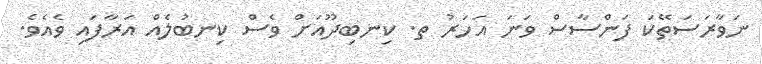
ނަވާރަސަތޭކަ ފަންސާސް ވަނަ އަހަރު ތ. ކިނބިދޫއަށް ވެސް ކިނބުލެއް އަރާފައި ވެއެވެ.